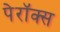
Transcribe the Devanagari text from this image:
पेरॉक्स